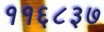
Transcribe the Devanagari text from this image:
११६८३७